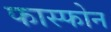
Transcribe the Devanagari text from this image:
फास्फोन